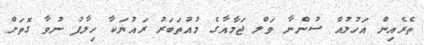
ތެރެއިން އަހުލުއް ސުންނާ ވަލް ޖަމާއާގެ މުއުތަބަރު ރައުޔަކާ ހިލާފު ނުވާ ގޮތަށް